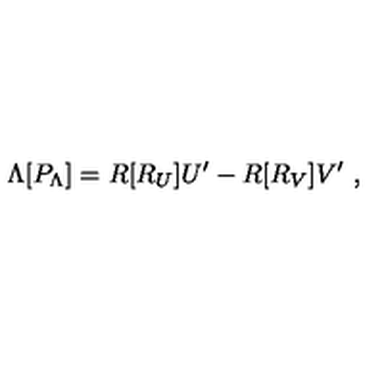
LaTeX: \Lambda [ P _ { \Lambda } ] = R [ R _ { U } ] U ^ { \prime } - R [ R _ { V } ] V ^ { \prime } \ ,